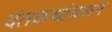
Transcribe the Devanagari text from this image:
दंतकथांवरून